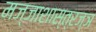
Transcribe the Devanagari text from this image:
मज्जाशास्त्रज्ञ